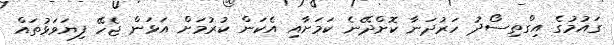
ގައުމުގެ އިގްތިސޯދު ހަރުދަނާ ކޮށްދޭނެ ކަމަށާއި އެކަން ކުރުމަށް އަޅަން ޖެހޭ ފިޔަވަޅުތައް